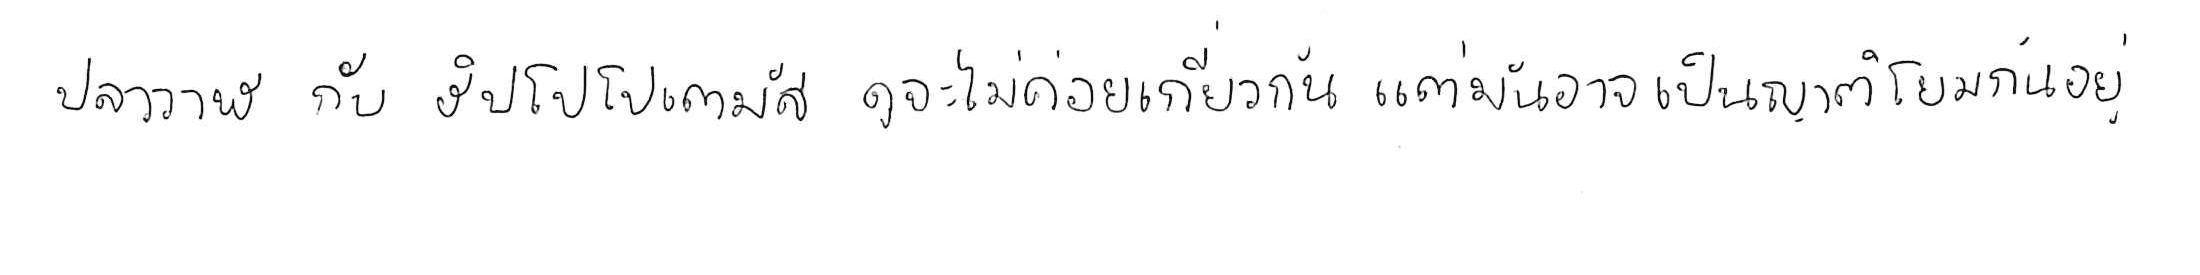
ปลาวาฬ กับ ฮิปโปโปเตมัส ดูจะไม่ค่อยเกี่ยวกัน แต่มันอาจเป็นญาติโยมกันอยู่